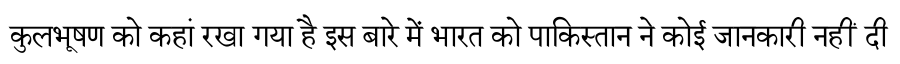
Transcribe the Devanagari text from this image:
कुलभूषण को कहां रखा गया है इस बारे में भारत को पाकिस्तान ने कोई जानकारी नहीं दी